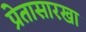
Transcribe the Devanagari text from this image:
प्रेतासारखा